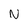
Character: N